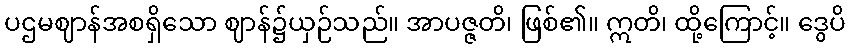
ပဌမဈာန်အစရှိသော ဈာန်၌ယှဉ်သည်။ အာပဇ္ဇတိ၊ ဖြစ်၏။ ဣတိ၊ ထို့ကြောင့်။ ဒွေပိ